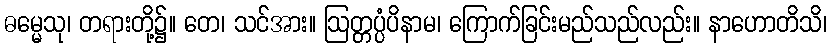
ဓမ္မေသု၊ တရားတို့၌။ တေ၊ သင်အား။ ဩတ္တပ္ပံပိနာမ၊ ကြောက်ခြင်းမည်သည်လည်း။ နာဟောတိသိ၊